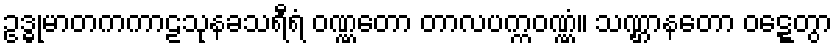
ဥဒ္ဓုမာတကကာဠသုနခသရီရံ ဝဏ္ဏတော တာလပက္ကဝဏ္ဏံ။ သဏ္ဌာနတော ဝဋ္ဋေတွာ